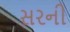
સરની